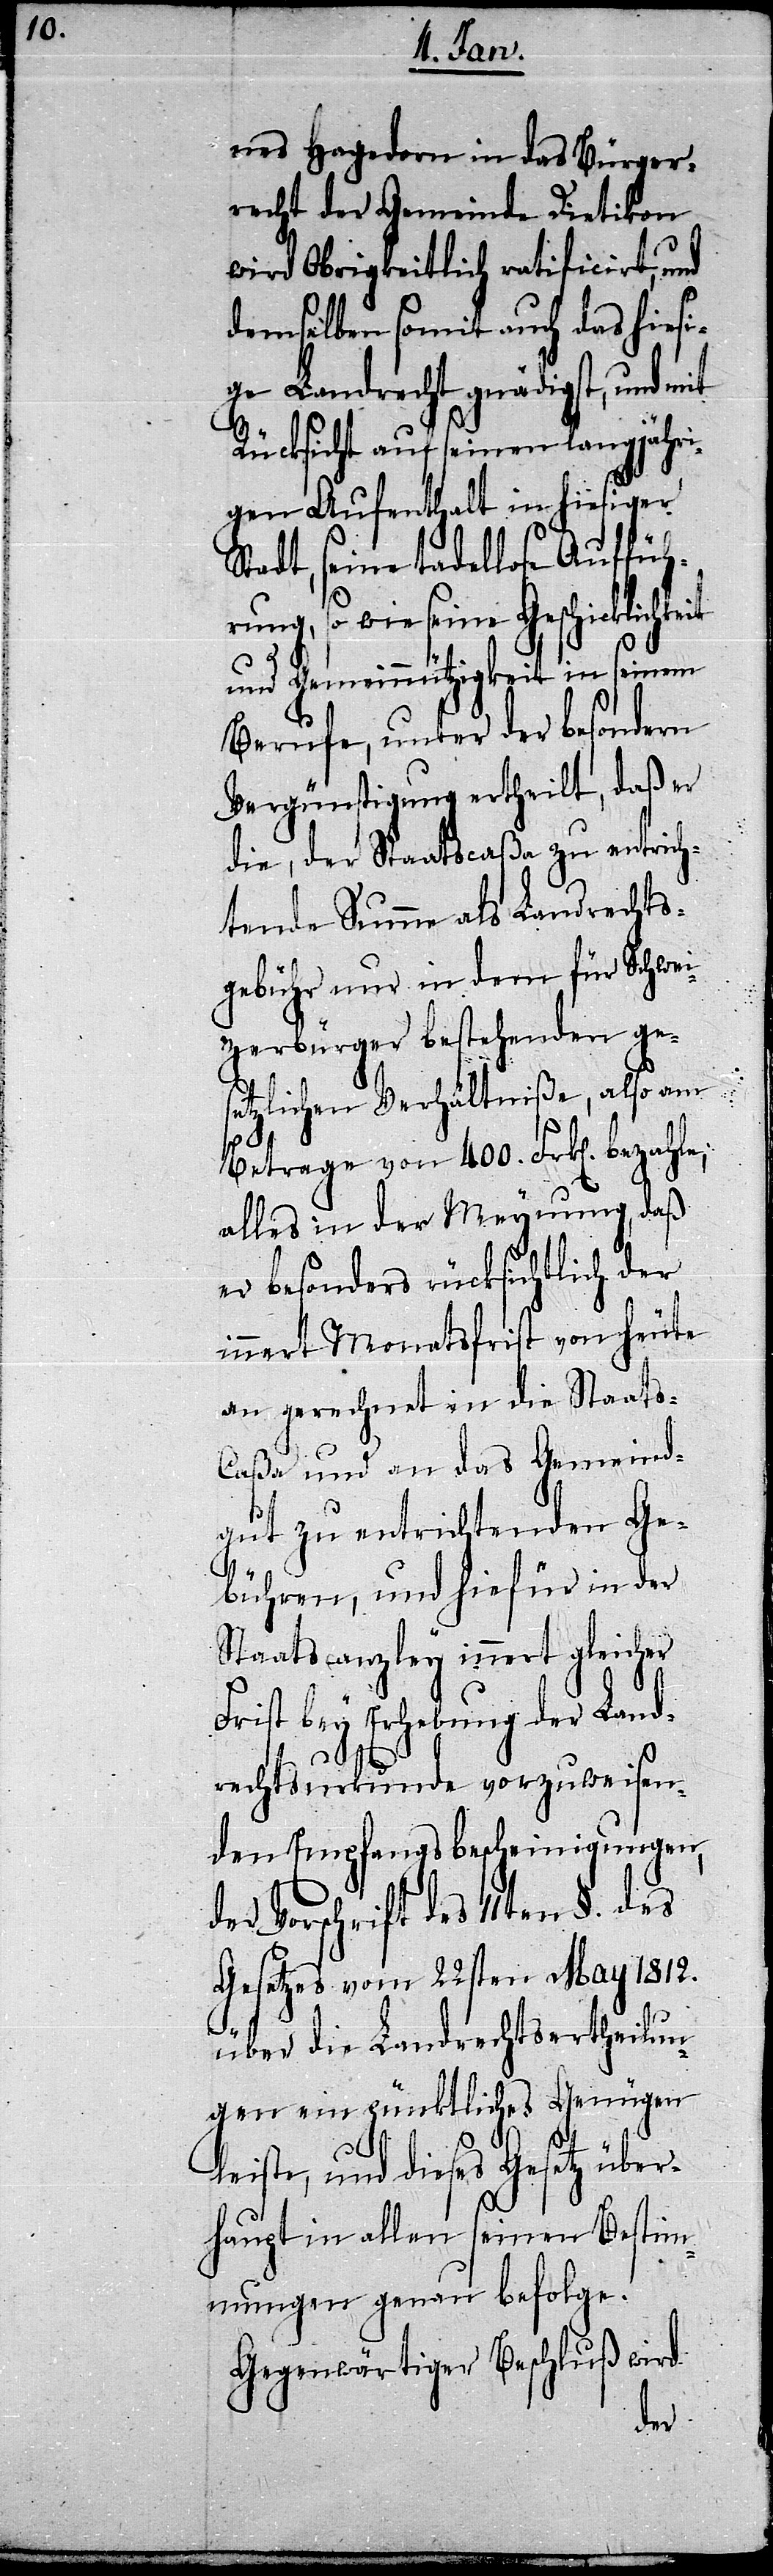
nes Hagedorn in das Bürger¬
recht der Gemeinde Dietikon
wird Obrigkeitlich ratificirt, und
demselben somit auch das hiesi¬
ge Landrecht gnädigst, und mit
Rücksicht auf seinen langjähri¬
gen Aufenthalt in hiesiger
tadt, seine tadellose Auffüh¬
rung, so wie seine Geschicklichkeit
und Gemeinnützigkeit in seinem
Berufe, unter der besondern
Vergünstigung ertheilt, daß er
die, der Staatscaßa zu entrich¬
tende Summe als Landrechts¬
gebühr nur in dem für Schwei¬
zerbürger bestehenden ge¬
setzlichen Verhältniße, also am
Betrage von 400. Frk[en]. bezahle;
alles in der Meynung, daß
er besonders rücksichtlich der
innert Monatsfrist von heute
an gerechnet in die Staats-C¬
aßa und an das Gemeind¬
gut zu entrichtenden Ge¬
bühren, und hiefür in der
Staatscanzley innert gleicher
Frist bey Erhebung der Land¬
rechtsurkunde vorzuweisen¬
den Empfangsbescheinigungen,
der Vorschrift des 11ten §. des
Gesetzes vom 22sten May 1812.
S¬
über die Landrechtsertheilun¬
gen ein pünktliches Genügen
leiste, und dieses Gesetz über¬
haupt in allen seinen Bestim¬
mungen genau befolge.
Gegenwärtiger Beschluß wird